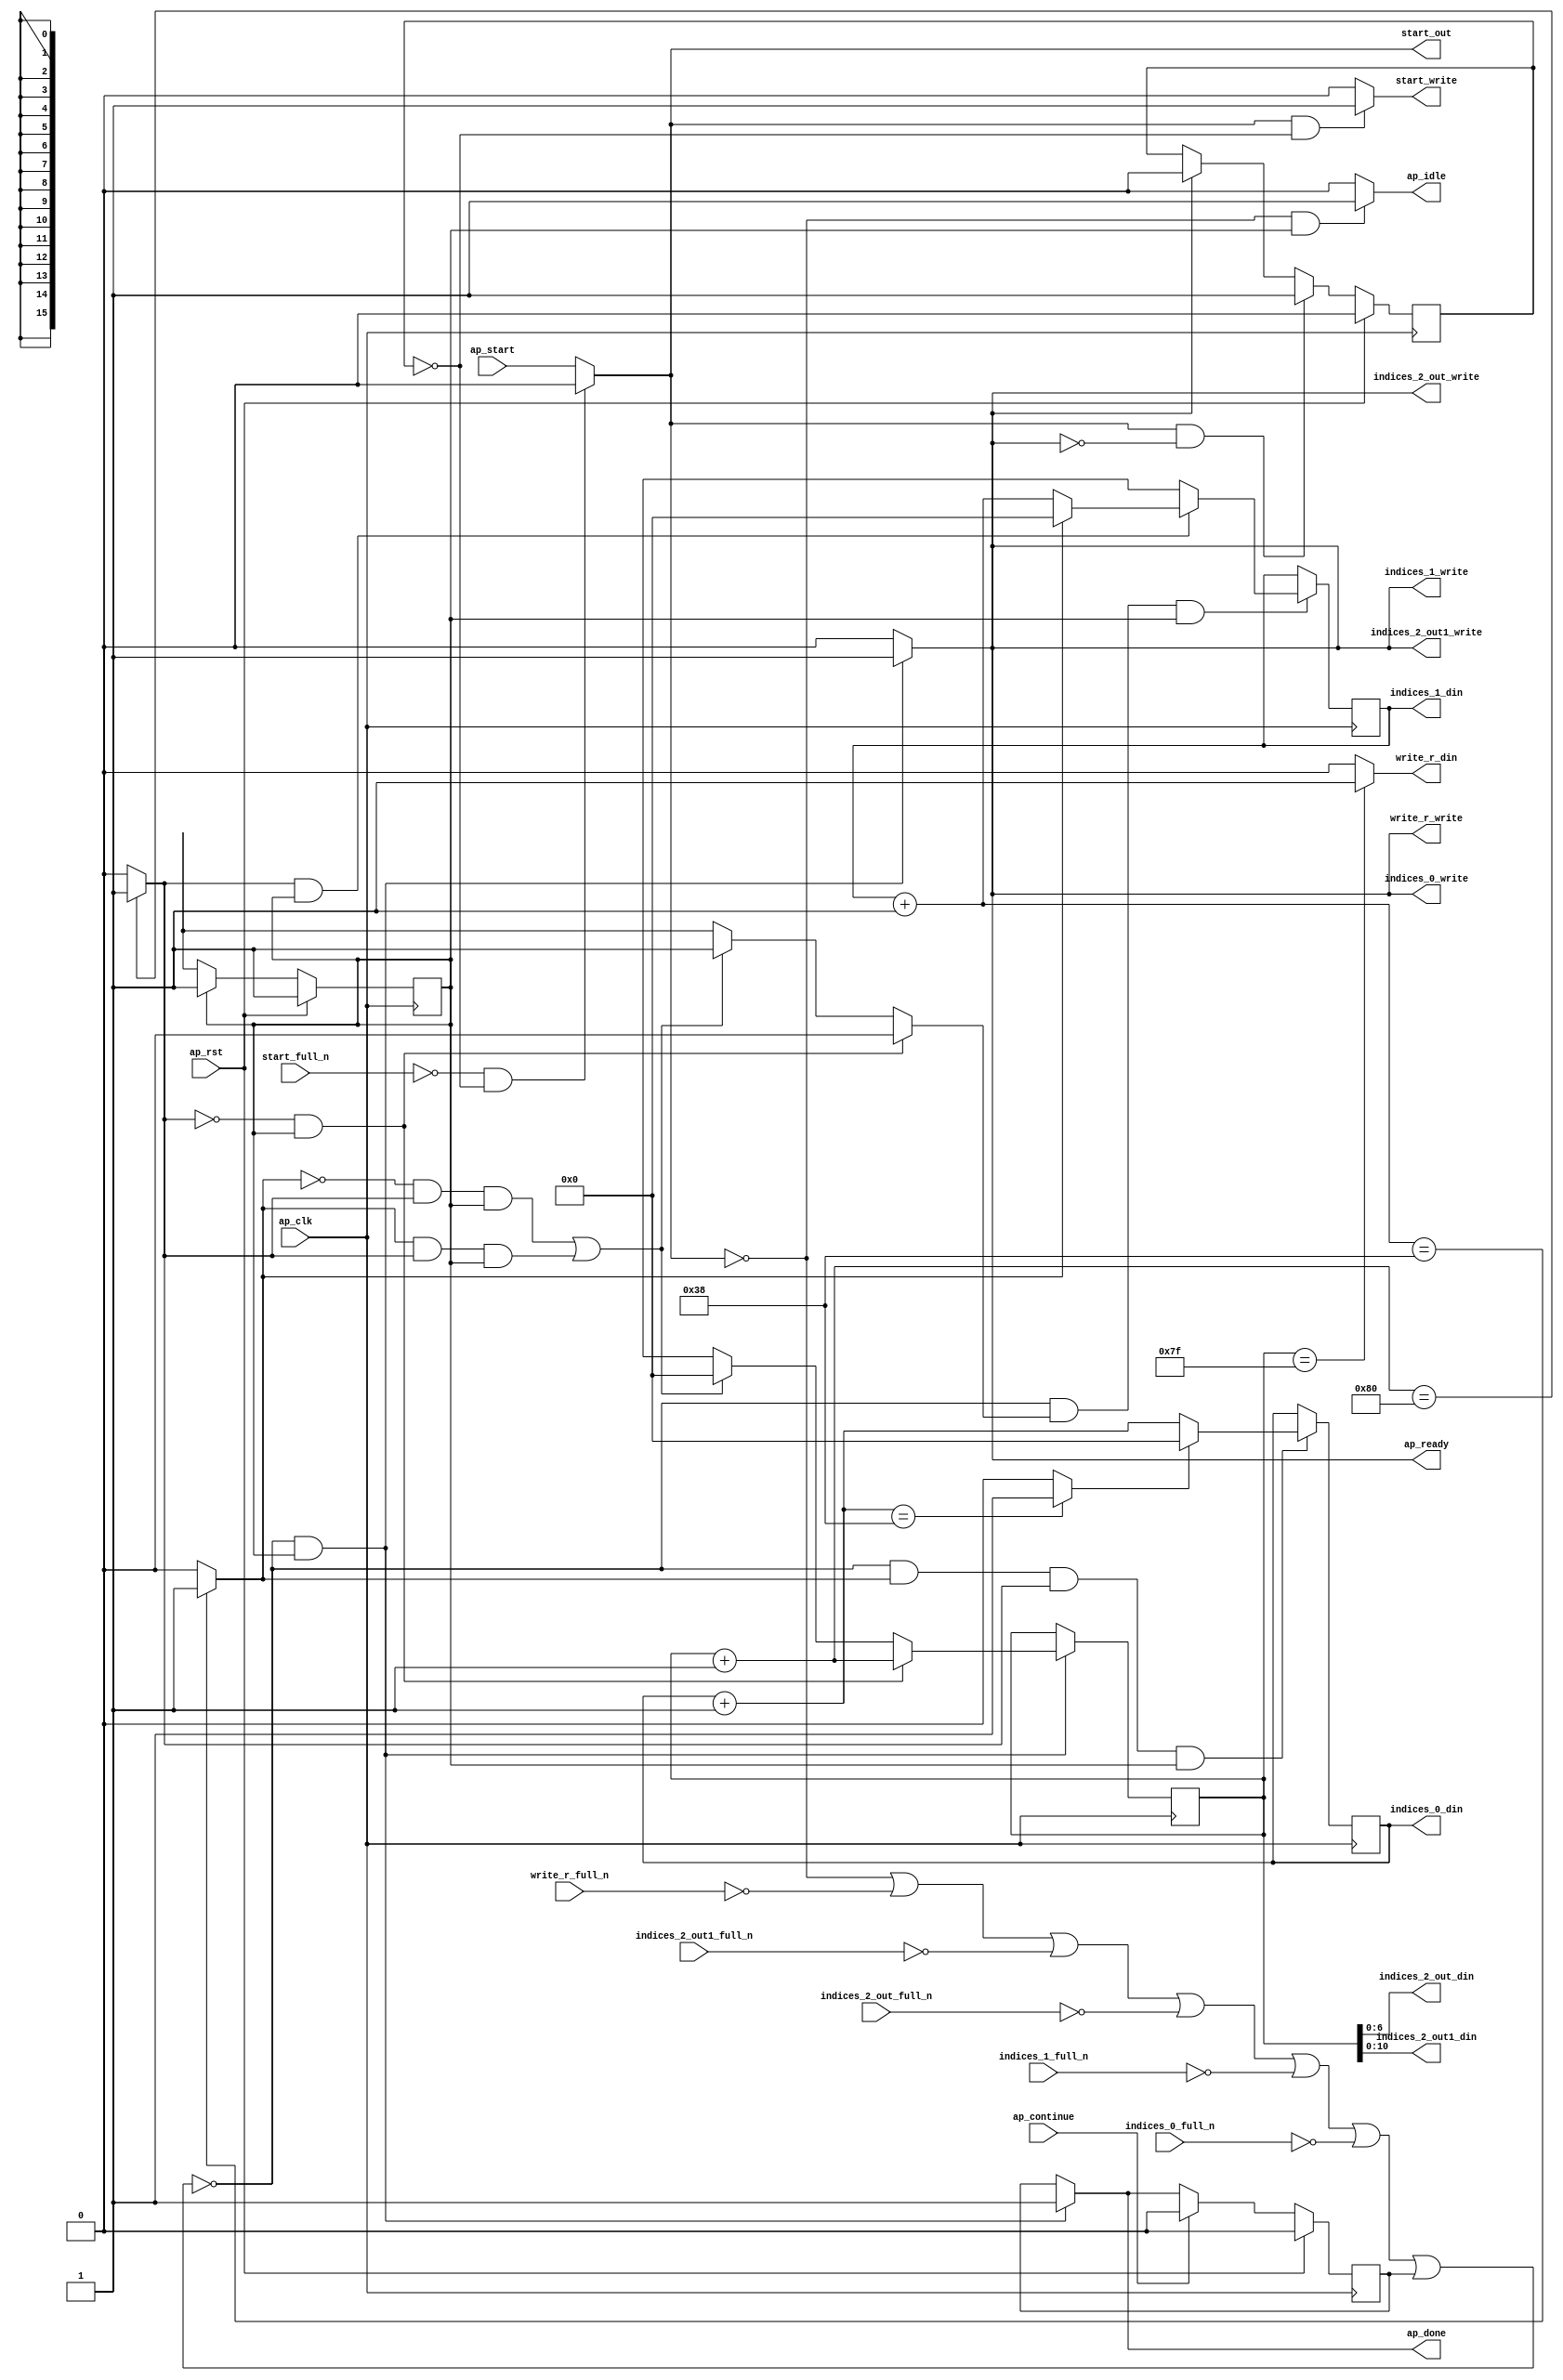
`define EXPONENT 5
`define MANTISSA 10
`define ACTUAL_MANTISSA 11
`define EXPONENT_LSB 10
`define EXPONENT_MSB 14
`define MANTISSA_LSB 0
`define MANTISSA_MSB 9
`define MANTISSA_MUL_SPLIT_LSB 3
`define MANTISSA_MUL_SPLIT_MSB 9
`define SIGN 1
`define SIGN_LOC 15
`define DWIDTH (`SIGN+`EXPONENT+`MANTISSA)
`define IEEE_COMPLIANCE 1

module td_fused_top_tdf4_get_next_ijk (
        ap_clk,
        ap_rst,
        ap_start,
        start_full_n,
        ap_done,
        ap_continue,
        ap_idle,
        ap_ready,
        start_out,
        start_write,
        indices_0_din,
        indices_0_full_n,
        indices_0_write,
        indices_1_din,
        indices_1_full_n,
        indices_1_write,
        indices_2_out_din,
        indices_2_out_full_n,
        indices_2_out_write,
        indices_2_out1_din,
        indices_2_out1_full_n,
        indices_2_out1_write,
        write_r_din,
        write_r_full_n,
        write_r_write
);

parameter    ap_ST_fsm_state1 = 1'd1;

input   ap_clk;
input   ap_rst;
input   ap_start;
input   start_full_n;
output   ap_done;
input   ap_continue;
output   ap_idle;
output   ap_ready;
output   start_out;
output   start_write;
output  [15:0] indices_0_din;
input   indices_0_full_n;
output   indices_0_write;
output  [15:0] indices_1_din;
input   indices_1_full_n;
output   indices_1_write;
output  [6:0] indices_2_out_din;
input   indices_2_out_full_n;
output   indices_2_out_write;
output  [10:0] indices_2_out1_din;
input   indices_2_out1_full_n;
output   indices_2_out1_write;
output   write_r_din;
input   write_r_full_n;
output   write_r_write;

reg ap_done;
reg ap_idle;
reg start_write;
reg indices_0_write;
reg indices_1_write;
reg indices_2_out_write;
reg indices_2_out1_write;
reg write_r_write;

reg    real_start;
reg    start_once_reg;
reg    ap_done_reg;
  reg   [0:0] ap_CS_fsm;
wire    ap_CS_fsm_state1;
reg    internal_ap_ready;
reg   [15:0] i_4;
reg   [15:0] j_4;
reg   [15:0] k_4;
reg    indices_0_blk_n;
reg    indices_1_blk_n;
reg    indices_2_out_blk_n;
reg    indices_2_out1_blk_n;
reg    write_r_blk_n;
reg   [0:0] ap_phi_mux_j_15_flag_0_i_phi_fu_92_p6;
reg    ap_block_state1;
wire   [0:0] icmp_ln188_fu_167_p2;
wire   [0:0] icmp_ln191_fu_180_p2;
reg   [15:0] ap_phi_mux_j_15_new_0_i_phi_fu_106_p6;
wire   [15:0] add_ln190_fu_173_p2;
reg   [15:0] ap_phi_mux_k_15_new_0_i_phi_fu_119_p6;
wire   [15:0] add_ln187_fu_160_p2;
wire   [15:0] select_ln194_fu_198_p3;
wire   [15:0] add_ln193_fu_186_p2;
wire   [0:0] icmp_ln194_fu_192_p2;
reg   [0:0] ap_NS_fsm;
wire    ap_ce_reg;

// power-on initialization
initial begin
#0 start_once_reg = 1'b0;
#0 ap_done_reg = 1'b0;
#0 ap_CS_fsm = 1'd1;
#0 i_4 = 16'd0;
#0 j_4 = 16'd0;
#0 k_4 = 16'd0;
end

always @ (posedge ap_clk) begin
    if (ap_rst == 1'b1) begin
        ap_CS_fsm <= ap_ST_fsm_state1;
    end else begin
        ap_CS_fsm <= ap_NS_fsm;
    end
end

always @ (posedge ap_clk) begin
    if (ap_rst == 1'b1) begin
        ap_done_reg <= 1'b0;
    end else begin
        if ((ap_continue == 1'b1)) begin
            ap_done_reg <= 1'b0;
        end else if ((~((real_start == 1'b0) | (write_r_full_n == 1'b0) | (indices_2_out1_full_n == 1'b0) | (indices_2_out_full_n == 1'b0) | (indices_1_full_n == 1'b0) | (indices_0_full_n == 1'b0) | (ap_done_reg == 1'b1)) & (1'b1 == ap_CS_fsm_state1))) begin
            ap_done_reg <= 1'b1;
        end
    end
end

always @ (posedge ap_clk) begin
    if (ap_rst == 1'b1) begin
        start_once_reg <= 1'b0;
    end else begin
        if (((real_start == 1'b1) & (internal_ap_ready == 1'b0))) begin
            start_once_reg <= 1'b1;
        end else if ((internal_ap_ready == 1'b1)) begin
            start_once_reg <= 1'b0;
        end
    end
end

always @ (posedge ap_clk) begin
    if ((~((real_start == 1'b0) | (write_r_full_n == 1'b0) | (indices_2_out1_full_n == 1'b0) | (indices_2_out_full_n == 1'b0) | (indices_1_full_n == 1'b0) | (indices_0_full_n == 1'b0) | (ap_done_reg == 1'b1)) & (icmp_ln191_fu_180_p2 == 1'd1) & (icmp_ln188_fu_167_p2 == 1'd1) & (1'b1 == ap_CS_fsm_state1))) begin
        i_4 <= select_ln194_fu_198_p3;
    end
end

always @ (posedge ap_clk) begin
    if ((~((real_start == 1'b0) | (write_r_full_n == 1'b0) | (indices_2_out1_full_n == 1'b0) | (indices_2_out_full_n == 1'b0) | (indices_1_full_n == 1'b0) | (indices_0_full_n == 1'b0) | (ap_done_reg == 1'b1)) & (ap_phi_mux_j_15_flag_0_i_phi_fu_92_p6 == 1'd1) & (1'b1 == ap_CS_fsm_state1))) begin
        j_4 <= ap_phi_mux_j_15_new_0_i_phi_fu_106_p6;
    end
end

always @ (posedge ap_clk) begin
    if ((~((real_start == 1'b0) | (write_r_full_n == 1'b0) | (indices_2_out1_full_n == 1'b0) | (indices_2_out_full_n == 1'b0) | (indices_1_full_n == 1'b0) | (indices_0_full_n == 1'b0) | (ap_done_reg == 1'b1)) & (1'b1 == ap_CS_fsm_state1))) begin
        k_4 <= ap_phi_mux_k_15_new_0_i_phi_fu_119_p6;
    end
end

always @ (*) begin
    if ((~((real_start == 1'b0) | (write_r_full_n == 1'b0) | (indices_2_out1_full_n == 1'b0) | (indices_2_out_full_n == 1'b0) | (indices_1_full_n == 1'b0) | (indices_0_full_n == 1'b0) | (ap_done_reg == 1'b1)) & (1'b1 == ap_CS_fsm_state1))) begin
        ap_done = 1'b1;
    end else begin
        ap_done = ap_done_reg;
    end
end

always @ (*) begin
    if (((real_start == 1'b0) & (1'b1 == ap_CS_fsm_state1))) begin
        ap_idle = 1'b1;
    end else begin
        ap_idle = 1'b0;
    end
end

always @ (*) begin
    if (((icmp_ln188_fu_167_p2 == 1'd0) & (1'b1 == ap_CS_fsm_state1))) begin
        ap_phi_mux_j_15_flag_0_i_phi_fu_92_p6 = 1'd0;
    end else if ((((icmp_ln191_fu_180_p2 == 1'd0) & (icmp_ln188_fu_167_p2 == 1'd1) & (1'b1 == ap_CS_fsm_state1)) | ((icmp_ln191_fu_180_p2 == 1'd1) & (icmp_ln188_fu_167_p2 == 1'd1) & (1'b1 == ap_CS_fsm_state1)))) begin
        ap_phi_mux_j_15_flag_0_i_phi_fu_92_p6 = 1'd1;
    end else begin
        ap_phi_mux_j_15_flag_0_i_phi_fu_92_p6 = 'bx;
    end
end

always @ (*) begin
    if (((icmp_ln188_fu_167_p2 == 1'd1) & (1'b1 == ap_CS_fsm_state1))) begin
        if ((icmp_ln191_fu_180_p2 == 1'd0)) begin
            ap_phi_mux_j_15_new_0_i_phi_fu_106_p6 = add_ln190_fu_173_p2;
        end else if ((icmp_ln191_fu_180_p2 == 1'd1)) begin
            ap_phi_mux_j_15_new_0_i_phi_fu_106_p6 = 16'd0;
        end else begin
            ap_phi_mux_j_15_new_0_i_phi_fu_106_p6 = 'bx;
        end
    end else begin
        ap_phi_mux_j_15_new_0_i_phi_fu_106_p6 = 'bx;
    end
end

always @ (*) begin
    if (((icmp_ln188_fu_167_p2 == 1'd0) & (1'b1 == ap_CS_fsm_state1))) begin
        ap_phi_mux_k_15_new_0_i_phi_fu_119_p6 = add_ln187_fu_160_p2;
    end else if ((((icmp_ln191_fu_180_p2 == 1'd0) & (icmp_ln188_fu_167_p2 == 1'd1) & (1'b1 == ap_CS_fsm_state1)) | ((icmp_ln191_fu_180_p2 == 1'd1) & (icmp_ln188_fu_167_p2 == 1'd1) & (1'b1 == ap_CS_fsm_state1)))) begin
        ap_phi_mux_k_15_new_0_i_phi_fu_119_p6 = 16'd0;
    end else begin
        ap_phi_mux_k_15_new_0_i_phi_fu_119_p6 = 'bx;
    end
end

always @ (*) begin
    if ((~((real_start == 1'b0) | (ap_done_reg == 1'b1)) & (1'b1 == ap_CS_fsm_state1))) begin
        indices_0_blk_n = indices_0_full_n;
    end else begin
        indices_0_blk_n = 1'b1;
    end
end

always @ (*) begin
    if ((~((real_start == 1'b0) | (write_r_full_n == 1'b0) | (indices_2_out1_full_n == 1'b0) | (indices_2_out_full_n == 1'b0) | (indices_1_full_n == 1'b0) | (indices_0_full_n == 1'b0) | (ap_done_reg == 1'b1)) & (1'b1 == ap_CS_fsm_state1))) begin
        indices_0_write = 1'b1;
    end else begin
        indices_0_write = 1'b0;
    end
end

always @ (*) begin
    if ((~((real_start == 1'b0) | (ap_done_reg == 1'b1)) & (1'b1 == ap_CS_fsm_state1))) begin
        indices_1_blk_n = indices_1_full_n;
    end else begin
        indices_1_blk_n = 1'b1;
    end
end

always @ (*) begin
    if ((~((real_start == 1'b0) | (write_r_full_n == 1'b0) | (indices_2_out1_full_n == 1'b0) | (indices_2_out_full_n == 1'b0) | (indices_1_full_n == 1'b0) | (indices_0_full_n == 1'b0) | (ap_done_reg == 1'b1)) & (1'b1 == ap_CS_fsm_state1))) begin
        indices_1_write = 1'b1;
    end else begin
        indices_1_write = 1'b0;
    end
end

always @ (*) begin
    if ((~((real_start == 1'b0) | (ap_done_reg == 1'b1)) & (1'b1 == ap_CS_fsm_state1))) begin
        indices_2_out1_blk_n = indices_2_out1_full_n;
    end else begin
        indices_2_out1_blk_n = 1'b1;
    end
end

always @ (*) begin
    if ((~((real_start == 1'b0) | (write_r_full_n == 1'b0) | (indices_2_out1_full_n == 1'b0) | (indices_2_out_full_n == 1'b0) | (indices_1_full_n == 1'b0) | (indices_0_full_n == 1'b0) | (ap_done_reg == 1'b1)) & (1'b1 == ap_CS_fsm_state1))) begin
        indices_2_out1_write = 1'b1;
    end else begin
        indices_2_out1_write = 1'b0;
    end
end

always @ (*) begin
    if ((~((real_start == 1'b0) | (ap_done_reg == 1'b1)) & (1'b1 == ap_CS_fsm_state1))) begin
        indices_2_out_blk_n = indices_2_out_full_n;
    end else begin
        indices_2_out_blk_n = 1'b1;
    end
end

always @ (*) begin
    if ((~((real_start == 1'b0) | (write_r_full_n == 1'b0) | (indices_2_out1_full_n == 1'b0) | (indices_2_out_full_n == 1'b0) | (indices_1_full_n == 1'b0) | (indices_0_full_n == 1'b0) | (ap_done_reg == 1'b1)) & (1'b1 == ap_CS_fsm_state1))) begin
        indices_2_out_write = 1'b1;
    end else begin
        indices_2_out_write = 1'b0;
    end
end

always @ (*) begin
    if ((~((real_start == 1'b0) | (write_r_full_n == 1'b0) | (indices_2_out1_full_n == 1'b0) | (indices_2_out_full_n == 1'b0) | (indices_1_full_n == 1'b0) | (indices_0_full_n == 1'b0) | (ap_done_reg == 1'b1)) & (1'b1 == ap_CS_fsm_state1))) begin
        internal_ap_ready = 1'b1;
    end else begin
        internal_ap_ready = 1'b0;
    end
end

always @ (*) begin
    if (((start_full_n == 1'b0) & (start_once_reg == 1'b0))) begin
        real_start = 1'b0;
    end else begin
        real_start = ap_start;
    end
end

always @ (*) begin
    if (((real_start == 1'b1) & (start_once_reg == 1'b0))) begin
        start_write = 1'b1;
    end else begin
        start_write = 1'b0;
    end
end

always @ (*) begin
    if ((~((real_start == 1'b0) | (ap_done_reg == 1'b1)) & (1'b1 == ap_CS_fsm_state1))) begin
        write_r_blk_n = write_r_full_n;
    end else begin
        write_r_blk_n = 1'b1;
    end
end

always @ (*) begin
    if ((~((real_start == 1'b0) | (write_r_full_n == 1'b0) | (indices_2_out1_full_n == 1'b0) | (indices_2_out_full_n == 1'b0) | (indices_1_full_n == 1'b0) | (indices_0_full_n == 1'b0) | (ap_done_reg == 1'b1)) & (1'b1 == ap_CS_fsm_state1))) begin
        write_r_write = 1'b1;
    end else begin
        write_r_write = 1'b0;
    end
end

always @ (*) begin
    case (ap_CS_fsm)
        ap_ST_fsm_state1 : begin
            ap_NS_fsm = ap_ST_fsm_state1;
        end
        default : begin
            ap_NS_fsm = 'bx;
        end
    endcase
end

assign add_ln187_fu_160_p2 = (k_4 + 16'd1);

assign add_ln190_fu_173_p2 = (j_4 + 16'd1);

assign add_ln193_fu_186_p2 = (i_4 + 16'd1);

assign ap_CS_fsm_state1 = ap_CS_fsm[32'd0];

always @ (*) begin
    ap_block_state1 = ((real_start == 1'b0) | (write_r_full_n == 1'b0) | (indices_2_out1_full_n == 1'b0) | (indices_2_out_full_n == 1'b0) | (indices_1_full_n == 1'b0) | (indices_0_full_n == 1'b0) | (ap_done_reg == 1'b1));
end

assign ap_ready = internal_ap_ready;

assign icmp_ln188_fu_167_p2 = ((add_ln187_fu_160_p2 == 16'd128) ? 1'b1 : 1'b0);

assign icmp_ln191_fu_180_p2 = ((add_ln190_fu_173_p2 == 16'd56) ? 1'b1 : 1'b0);

assign icmp_ln194_fu_192_p2 = ((add_ln193_fu_186_p2 == 16'd56) ? 1'b1 : 1'b0);

assign indices_0_din = i_4;

assign indices_1_din = j_4;

assign indices_2_out1_din = k_4[10:0];

assign indices_2_out_din = k_4[6:0];

assign select_ln194_fu_198_p3 = ((icmp_ln194_fu_192_p2[0:0] == 1'b1) ? 16'd0 : add_ln193_fu_186_p2);

assign start_out = real_start;

assign write_r_din = ((k_4 == 16'd127) ? 1'b1 : 1'b0);

endmodule //td_fused_top_tdf4_get_next_ijk